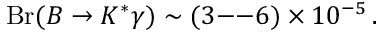
\mathrm { B r } ( B \to K ^ { * } \gamma ) \sim ( 3 \mathrm { - - } 6 ) \times 1 0 ^ { - 5 } \, .